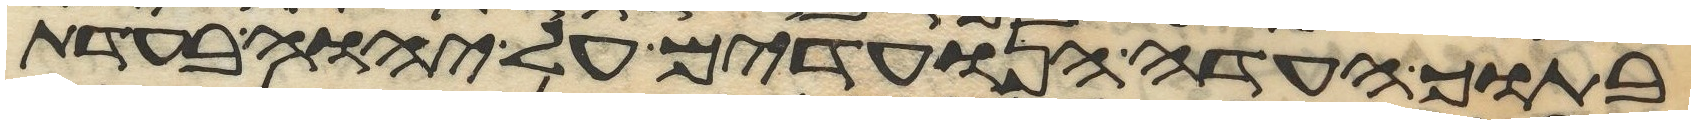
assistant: בתוך העדה הנועדים על יהוה בעדת